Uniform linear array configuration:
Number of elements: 64
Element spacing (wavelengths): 0.25
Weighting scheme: exponential
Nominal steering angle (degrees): -30
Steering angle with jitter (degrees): -29.344
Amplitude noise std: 0.05
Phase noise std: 0.05

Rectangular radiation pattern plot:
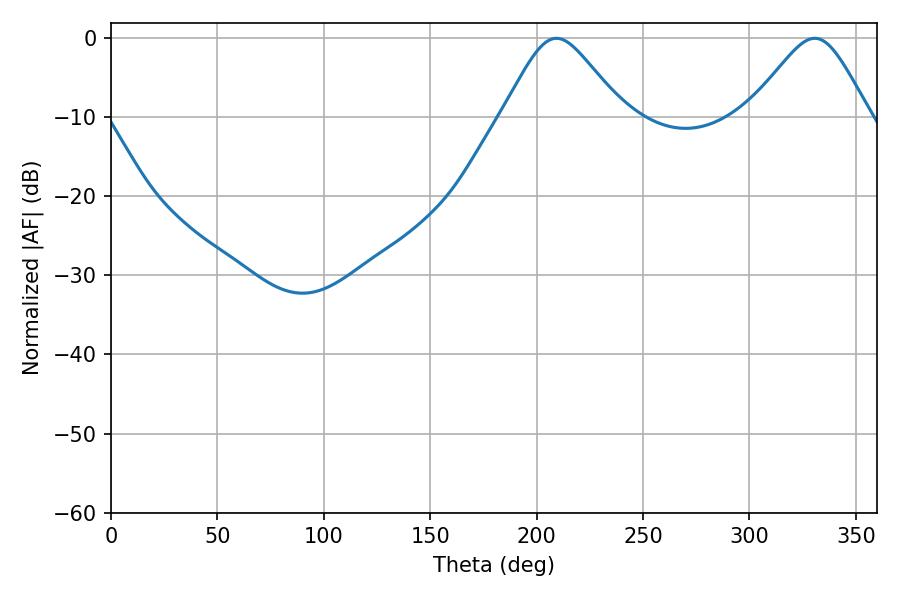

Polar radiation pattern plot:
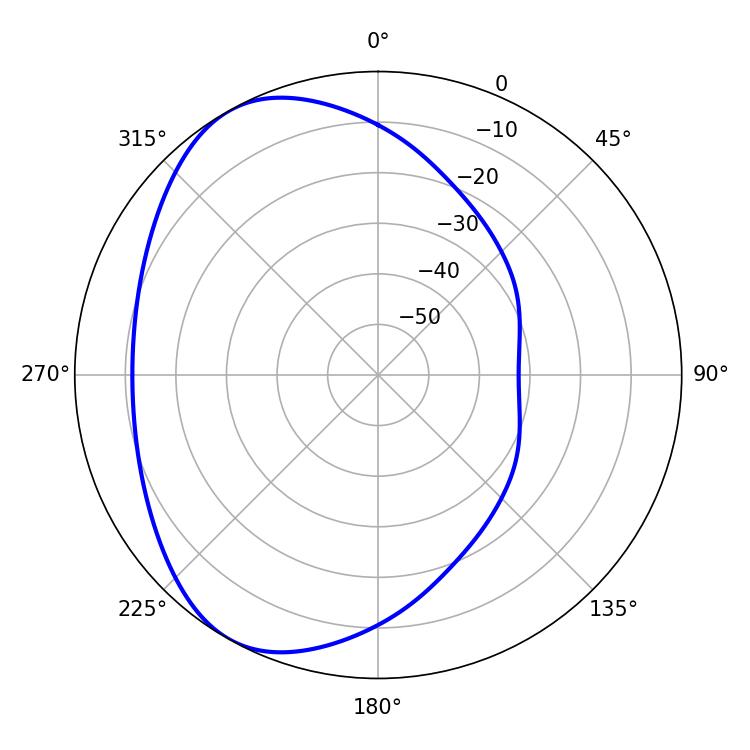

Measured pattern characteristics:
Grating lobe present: FALSE
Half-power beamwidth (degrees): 27.36
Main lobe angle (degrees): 209.34